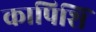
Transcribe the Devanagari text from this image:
कापिशिं